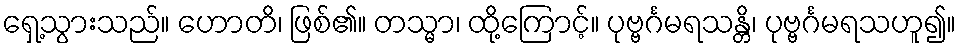
ရှေ့သွားသည်။ ဟောတိ၊ ဖြစ်၏။ တသ္မာ၊ ထို့ကြောင့်။ ပုဗ္ဗင်္ဂမရသန္တိ၊ ပုဗ္ဗင်္ဂမရသဟူ၍။